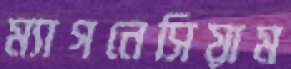
ম্যাগনেসিয়াম